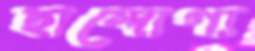
ছান্দোগ্য